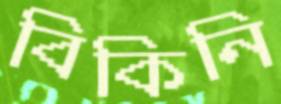
বিকিনি